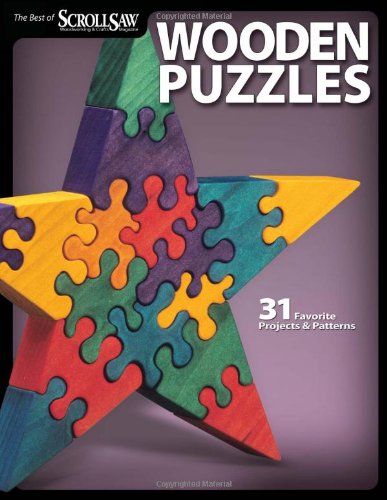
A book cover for Wooden Puzzles: 31 Favorite Projects & Patterns (Scroll Saw Woodworking & Crafts Book); Editors of Scroll Saw Woodworking & Crafts; Crafts, Hobbies & Home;